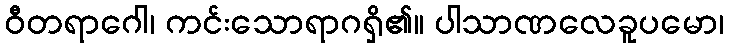
ဝီတရာဂေါ၊ ကင်းသောရာဂရှိ၏။ ပါသာဏလေခူပမော၊